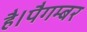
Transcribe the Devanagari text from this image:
है।पैगम्बर